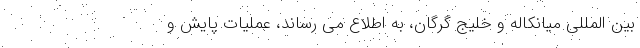
بین المللی میانکاله و خلیج گرگان، به اطلاع می رساند، عملیات پایش و